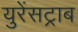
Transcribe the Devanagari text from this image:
युरेंसट्राब